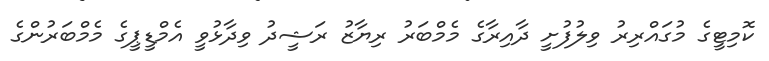
ކޮމިޓީގެ މުގައްރިރު ވިލުފުށީ ދާއިރާގެ މެމްބަރު ރިޔާޒު ރަޝީދު ވިދާޅުވީ އެމްޑީޕީގެ މެމްބަރުންގެ